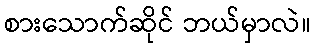
စားသောက်ဆိုင် ဘယ်မှာလဲ။